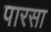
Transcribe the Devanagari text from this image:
पारसा